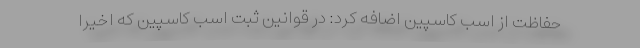
حفاظت از اسب کاسپین اضافه کرد: در قوانین ثبت اسب کاسپین که اخیرا